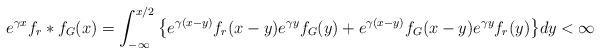
LaTeX: \begin{align*} e^{\gamma x} f_r\ast f_G (x) = \int_{-\infty}^{x/2}\big\{e^{\gamma(x-y)}f_r(x-y) e^{\gamma y} f_G(y) +e^{\gamma(x-y)}f_G(x-y)e^{\gamma y}f_r(y)\big\} dy <\infty \end{align*}